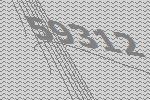
59312